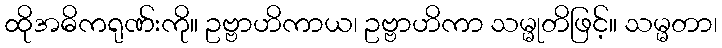
ထိုအဓိကရုဏ်းကို။ ဥဗ္ဗာဟိကာယ၊ ဥဗ္ဗာဟိကာ သမ္မုတိဖြင့်။ သမ္မတာ၊